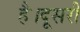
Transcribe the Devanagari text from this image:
है।दूसरी